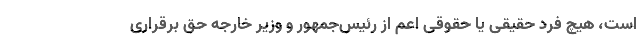
است، هیچ فرد حقیقی یا حقوقی اعم از رئیس‌جمهور و وزیر خارجه حق برقراری